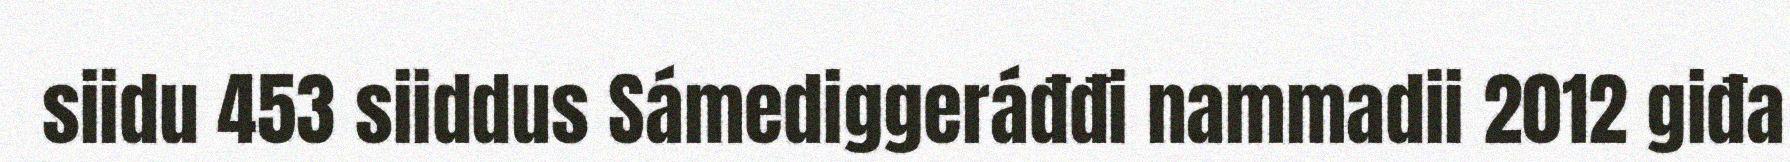
siidu 453 siiddus Sámediggeráđđi nammadii 2012 giđa